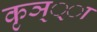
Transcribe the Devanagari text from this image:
कृञ््‌ा